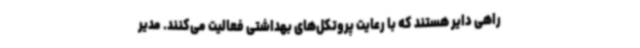
راهی دایر هستند که با رعایت پروتکل‌های بهداشتی فعالیت می‌کنند. مدیر